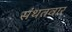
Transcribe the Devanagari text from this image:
संथतवार